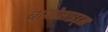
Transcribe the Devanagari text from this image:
बायोसाइड्स